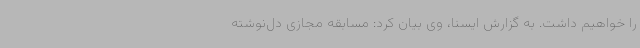
را خواهیم داشت. به گزارش ایسنا، وی بیان کرد: مسابقه مجازی دل‌نوشته